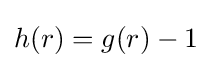
h(r)=g(r)-1